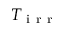
T _ { \mathrm { ~ i ~ r ~ r ~ } }